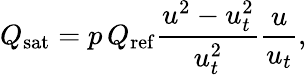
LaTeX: Q_{\mathrm{sat}}=p\, Q_{\mathrm{ref}}\frac{u^{2}-u_{t}^{2}}{u_{t}^{2}}\frac{u}{u_{t}},